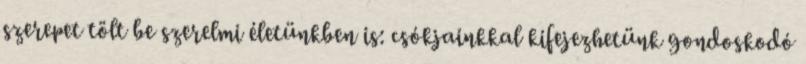
szerepet tölt be szerelmi életünkben is: csókjainkkal kifejezhetünk gondoskodó